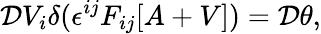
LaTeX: {\cal D}V_{i}\delta(\epsilon^{ij}F_{ij}[A+V])={\cal D}\theta,